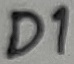
Text: D1